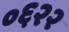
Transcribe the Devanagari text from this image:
०६२२